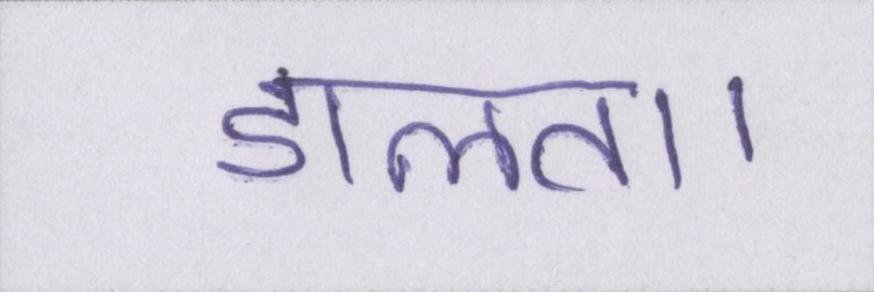
डालता।